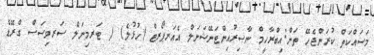
މަސައްކަތް ކުރަންޖެހޭ ތަން:އިބްރާހީމް ނާޞިރުއިންޓަނޭޝަނަލް އެއަރޕޯރޓް (ހުޅުލެ) / ޓަރމިނަލް ސަރވިސަސް ގްރޭޑް